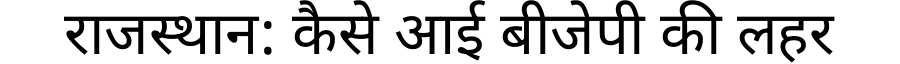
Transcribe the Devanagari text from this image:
राजस्थान: कैसे आई बीजेपी की लहर